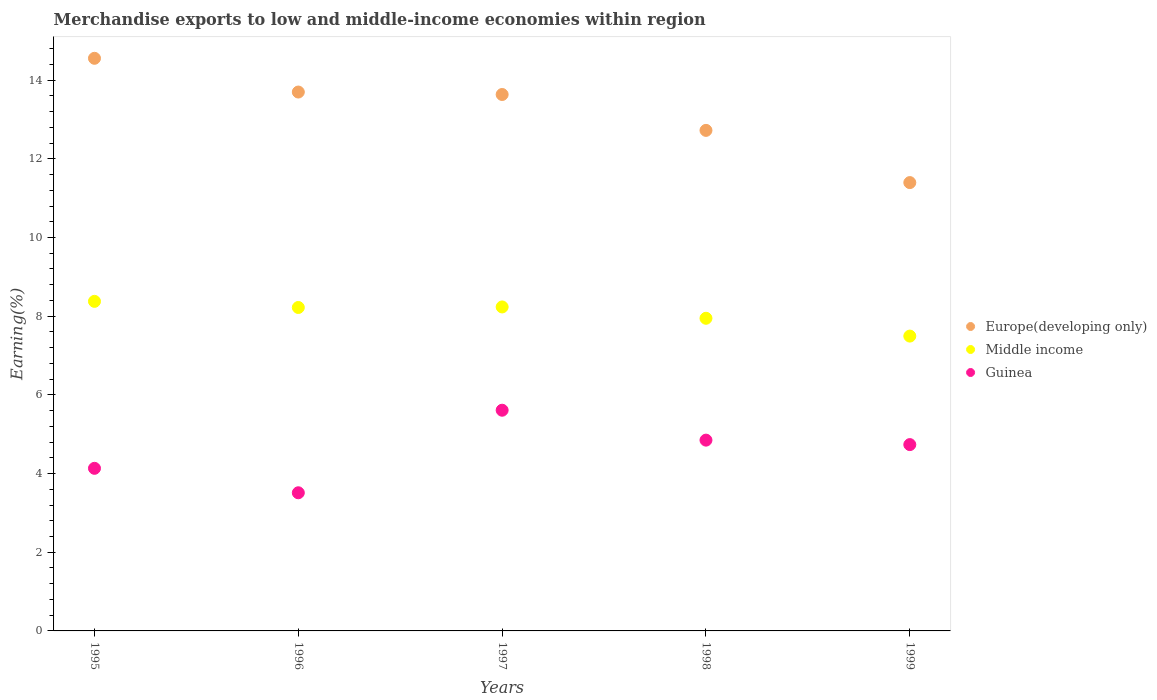
| Years | Europe(developing only) | Middle income | Guinea |
 | --- | --- | --- | --- |
 | 1995 | 14.6 | 8.38 | 4.13 |
 | 1996 | 13.7 | 8.22 | 3.51 |
 | 1997 | 13.6 | 8.24 | 5.61 |
 | 1998 | 12.7 | 7.95 | 4.85 |
 | 1999 | 11.4 | 7.49 | 4.74 |